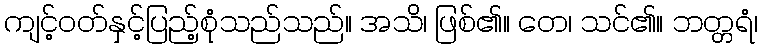
ကျင့်ဝတ်နှင့်ပြည့်စုံသည်သည်။ အသိ၊ ဖြစ်၏။ တေ၊ သင်၏။ ဘတ္တရံ၊